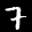
Label: 7